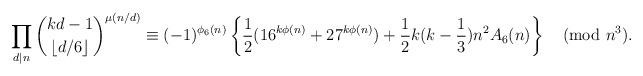
LaTeX: \begin{align*}\prod_{d\mid n}\binom{kd-1}{\lfloor d/6\rfloor}^{\mu(n/d)}\equiv (-1)^{\phi_6(n)}\left\{\frac{1}{2}(16^{k\phi(n)}+27^{k\phi(n)})+\frac{1}{2}k(k-\frac{1}{3})n^{2}A_{6}(n)\right\} \pmod{n^3}.\end{align*}